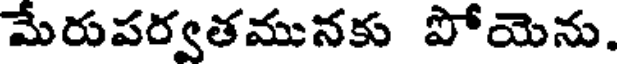
మేరుపర్వతమునకు పోయెను.